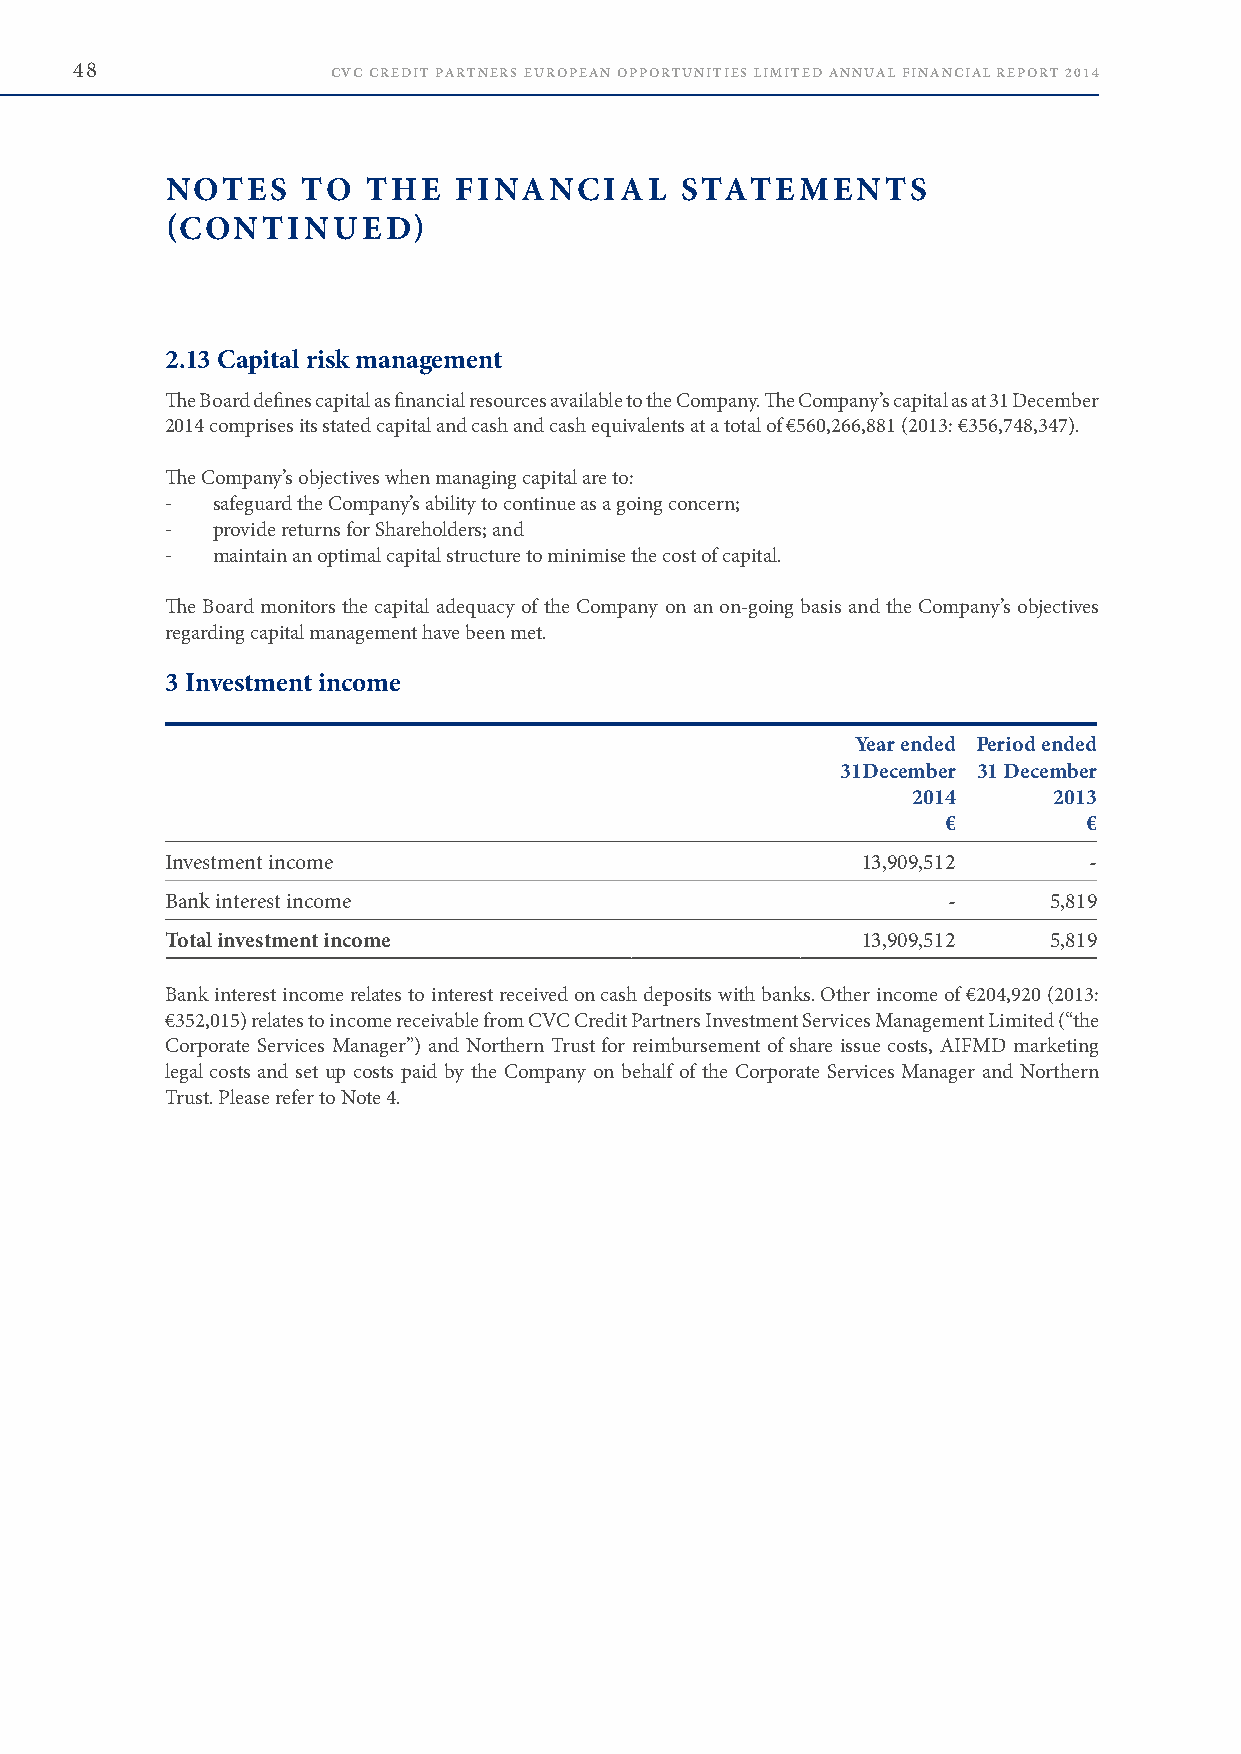
48               CVC CREDIT PARTNERS EUROPEAN OPPORTUNITIES LIMITED ANNUAL FINANCIAL REPORT 2014
 NOTES    TO  THE   FINANCIAL      STATEMENTS
 (CONTINUED)
 2.13 Capital risk management
 The Board defines capital as financial resources available to the Company . The Company’s capital as at 31 December
 2014 comprises its stated capital and cash and cash equivalents at a total of €560,266,881 (2013: €356,748,347) .
 The Company’s objectives when managing capital are to:
 -  safeguard the Company’s ability to continue as a going concern;
 -  provide returns for Shareholders; and
 -  maintain an optimal capital structure to minimise the cost of capital .
 The Board monitors the capital adequacy of the Company on an on-going basis and the Company’s objectives
 regarding capital management have been met .
 3 Investment income
 Year ended Period ended
 31December 31 December
 2014      2013
 €        €
 Investment income                             13,909,512     -
 Bank interest income                                -     5,819
 Total investment income                       13,909,512  5,819
 Bank interest income relates to interest received on cash deposits with banks . Other income of €204,920 (2013:
 €352,015) relates to income receivable from CVC Credit Partners Investment Services Management Limited (“the
 Corporate Services Manager”) and Northern Trust for reimbursement of share issue costs, AIFMD marketing
 legal costs and set up costs paid by the Company on behalf of the Corporate Services Manager and Northern
 Trust . Please refer to Note 4 .